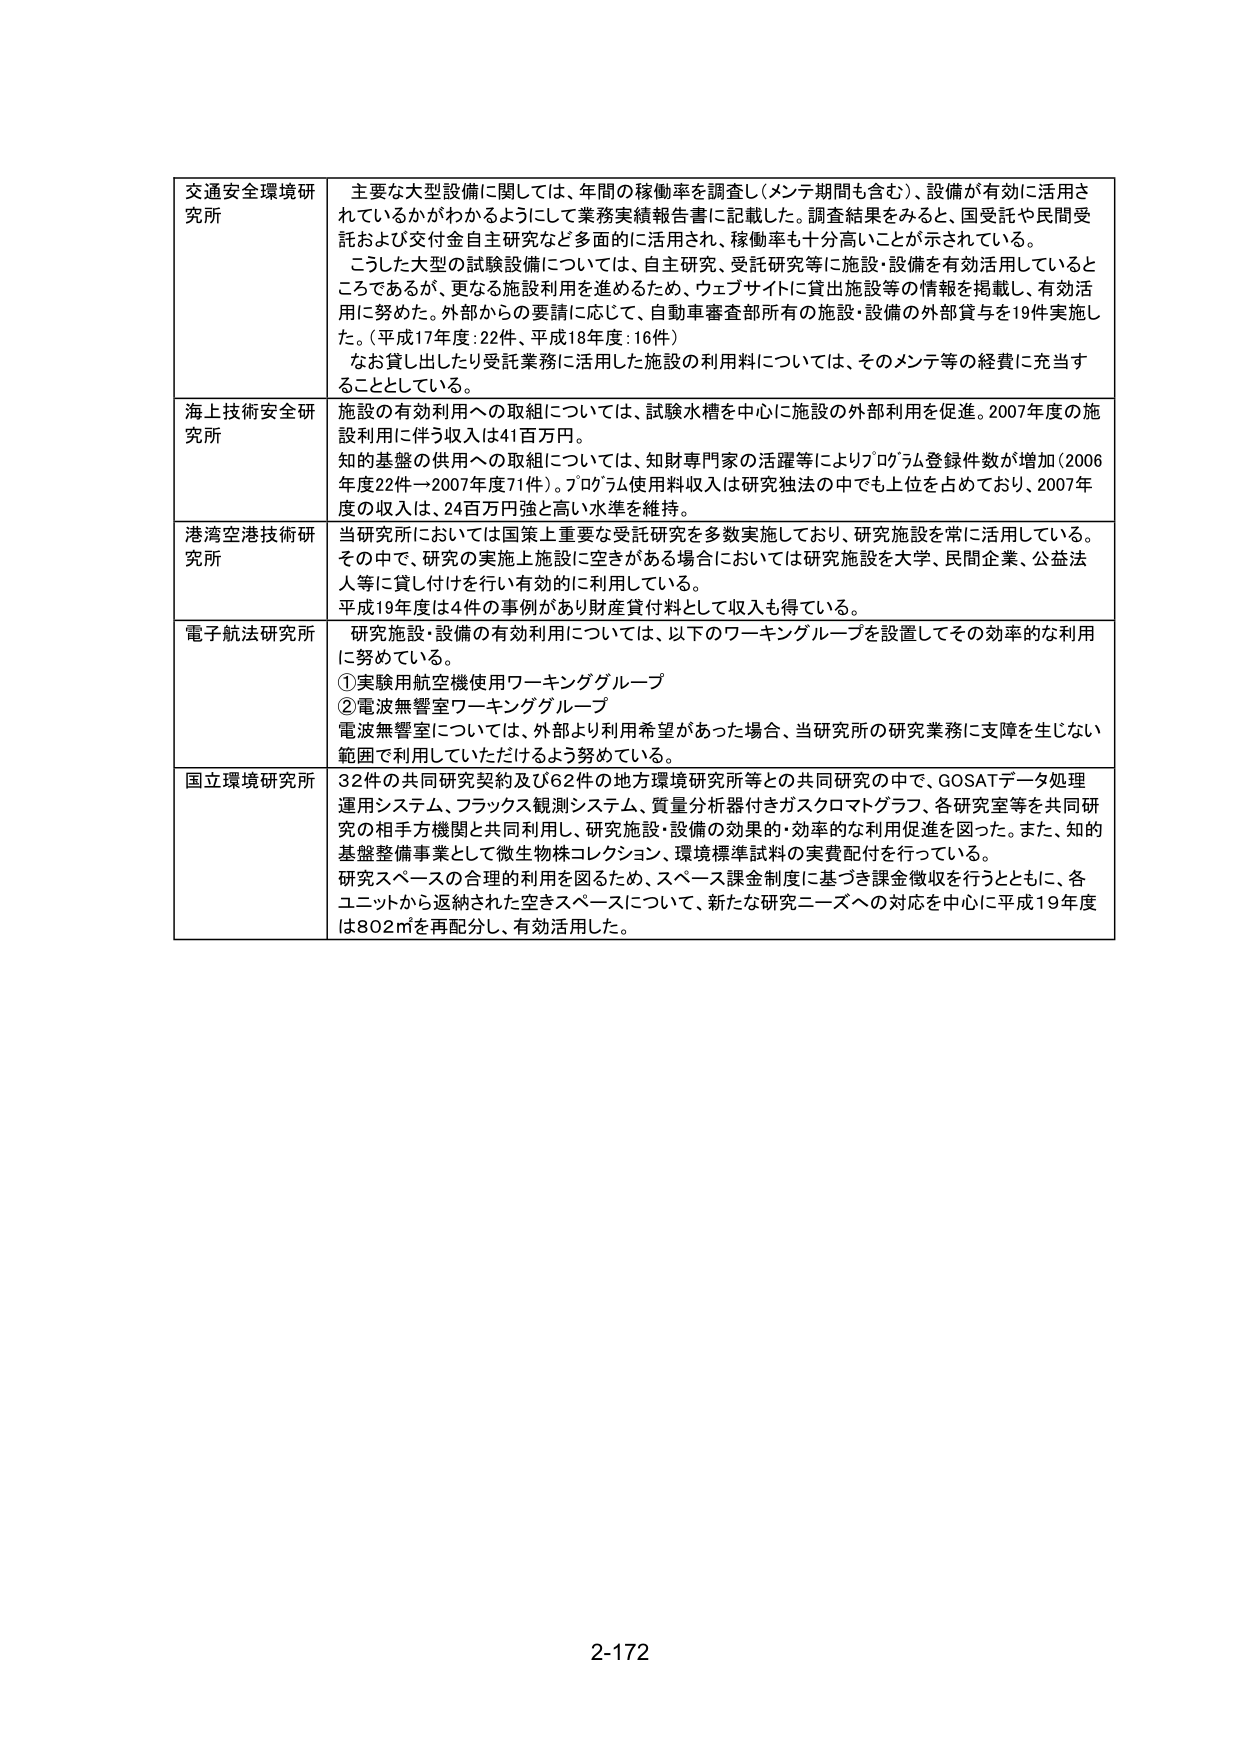
交通安全環境研究所　主要な大型設備に関しては、年間の稼働率を調査し（メンテ期間も含む）、設備が有効に活用されているかがわかるようにして業務実績報告書に記載した。調査結果をみると、国受託や民間受託および交付金自主研究など多面的に活用され、稼働率も十分高いことが示されている。　こうした大型の試験設備については、自主研究、受託研究等に施設・設備を有効活用しているところであるが、更なる施設利用を進めるため、ウェブサイトに貸出施設等の情報を掲載し、有効活用に努めた。外部からの要請に応じて、自動車審査部所有の施設・設備の外部貸与を19件実施した。（平成17年度：22件、平成18年度：16件）　なお貸し出したり受託業務に活用した施設の利用料については、そのメンテ等の経費に充当することとしている。

海上技術安全研究所　施設の有効利用への取組については、試験水槽を中心に施設の外部利用を促進。2007年度の施設利用に伴う収入は41百万円。　知的基盤の供用への取組については、知財専門家の活躍等によりプログラム登録件数が増加（2006年度22件→2007年度71件）。プログラム使用料収入は研究独法の中でも上位を占めており、2007年度の収入は、24百万円強と高い水準を維持。

港湾空港技術研究所　当研究所においては国策上重要な受託研究を多数実施しており、研究施設を常に活用している。その中で、研究の実施上施設に空きがある場合においては研究施設を大学、民間企業、公益法人等に貸し付けを行い有効的に利用している。　平成19年度は4件の事例があり財産貸付料として収入も得ている。

電子航法研究所　研究施設・設備の有効利用については、以下のワーキンググループを設置してその効率的な利用に努めている。　①実験用航空機使用ワーキンググループ　②電波無響室ワーキンググループ　電波無響室については、外部より利用希望があった場合、当研究所の研究業務に支障を生じない範囲で利用していただけるよう努めている。

国立環境研究所　32件の共同研究契約及び62件の地方環境研究所等との共同研究の中で、GOSATデータ処理運用システム、フラックス観測システム、質量分析器付きガスクロマトグラフ、各研究室等を共同研究の相手方機関と共同利用し、研究施設・設備の効果的・効率的な利用促進を図った。また、知的基盤整備事業として微生物株コレクション、環境標準試料の実費配付を行っている。　研究スペースの合理的利用を図るため、スペース課金制度に基づき課金徴収を行うとともに、各ユニットから返納された空きスペースについて、新たな研究ニーズへの対応を中心に平成19年度は802㎡を再配分し、有効活用した。

2-172